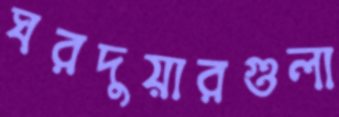
ঘরদুয়ারগুলা